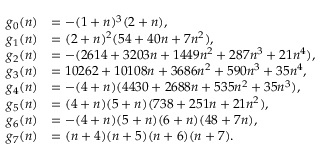
\begin{array} { r l } { g _ { 0 } ( n ) } & { = - ( 1 + n ) ^ { 3 } ( 2 + n ) , } \\ { g _ { 1 } ( n ) } & { = ( 2 + n ) ^ { 2 } ( 5 4 + 4 0 n + 7 n ^ { 2 } ) , } \\ { g _ { 2 } ( n ) } & { = - ( 2 6 1 4 + 3 2 0 3 n + 1 4 4 9 n ^ { 2 } + 2 8 7 n ^ { 3 } + 2 1 n ^ { 4 } ) , } \\ { g _ { 3 } ( n ) } & { = 1 0 2 6 2 + 1 0 1 0 8 n + 3 6 8 6 n ^ { 2 } + 5 9 0 n ^ { 3 } + 3 5 n ^ { 4 } , } \\ { g _ { 4 } ( n ) } & { = - ( 4 + n ) ( 4 4 3 0 + 2 6 8 8 n + 5 3 5 n ^ { 2 } + 3 5 n ^ { 3 } ) , } \\ { g _ { 5 } ( n ) } & { = ( 4 + n ) ( 5 + n ) ( 7 3 8 + 2 5 1 n + 2 1 n ^ { 2 } ) , } \\ { g _ { 6 } ( n ) } & { = - ( 4 + n ) ( 5 + n ) ( 6 + n ) ( 4 8 + 7 n ) , } \\ { g _ { 7 } ( n ) } & { = ( n + 4 ) ( n + 5 ) ( n + 6 ) ( n + 7 ) . } \end{array}